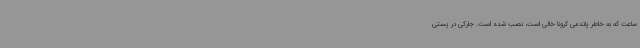
ساعت که به خاطر پاندمی کرونا خالی است، نصب شده است. جارکی در پستی